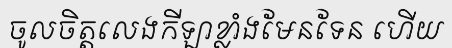
ចូលចិត្តលេងកីឡាខ្លាំងមែនទែន ហើយ